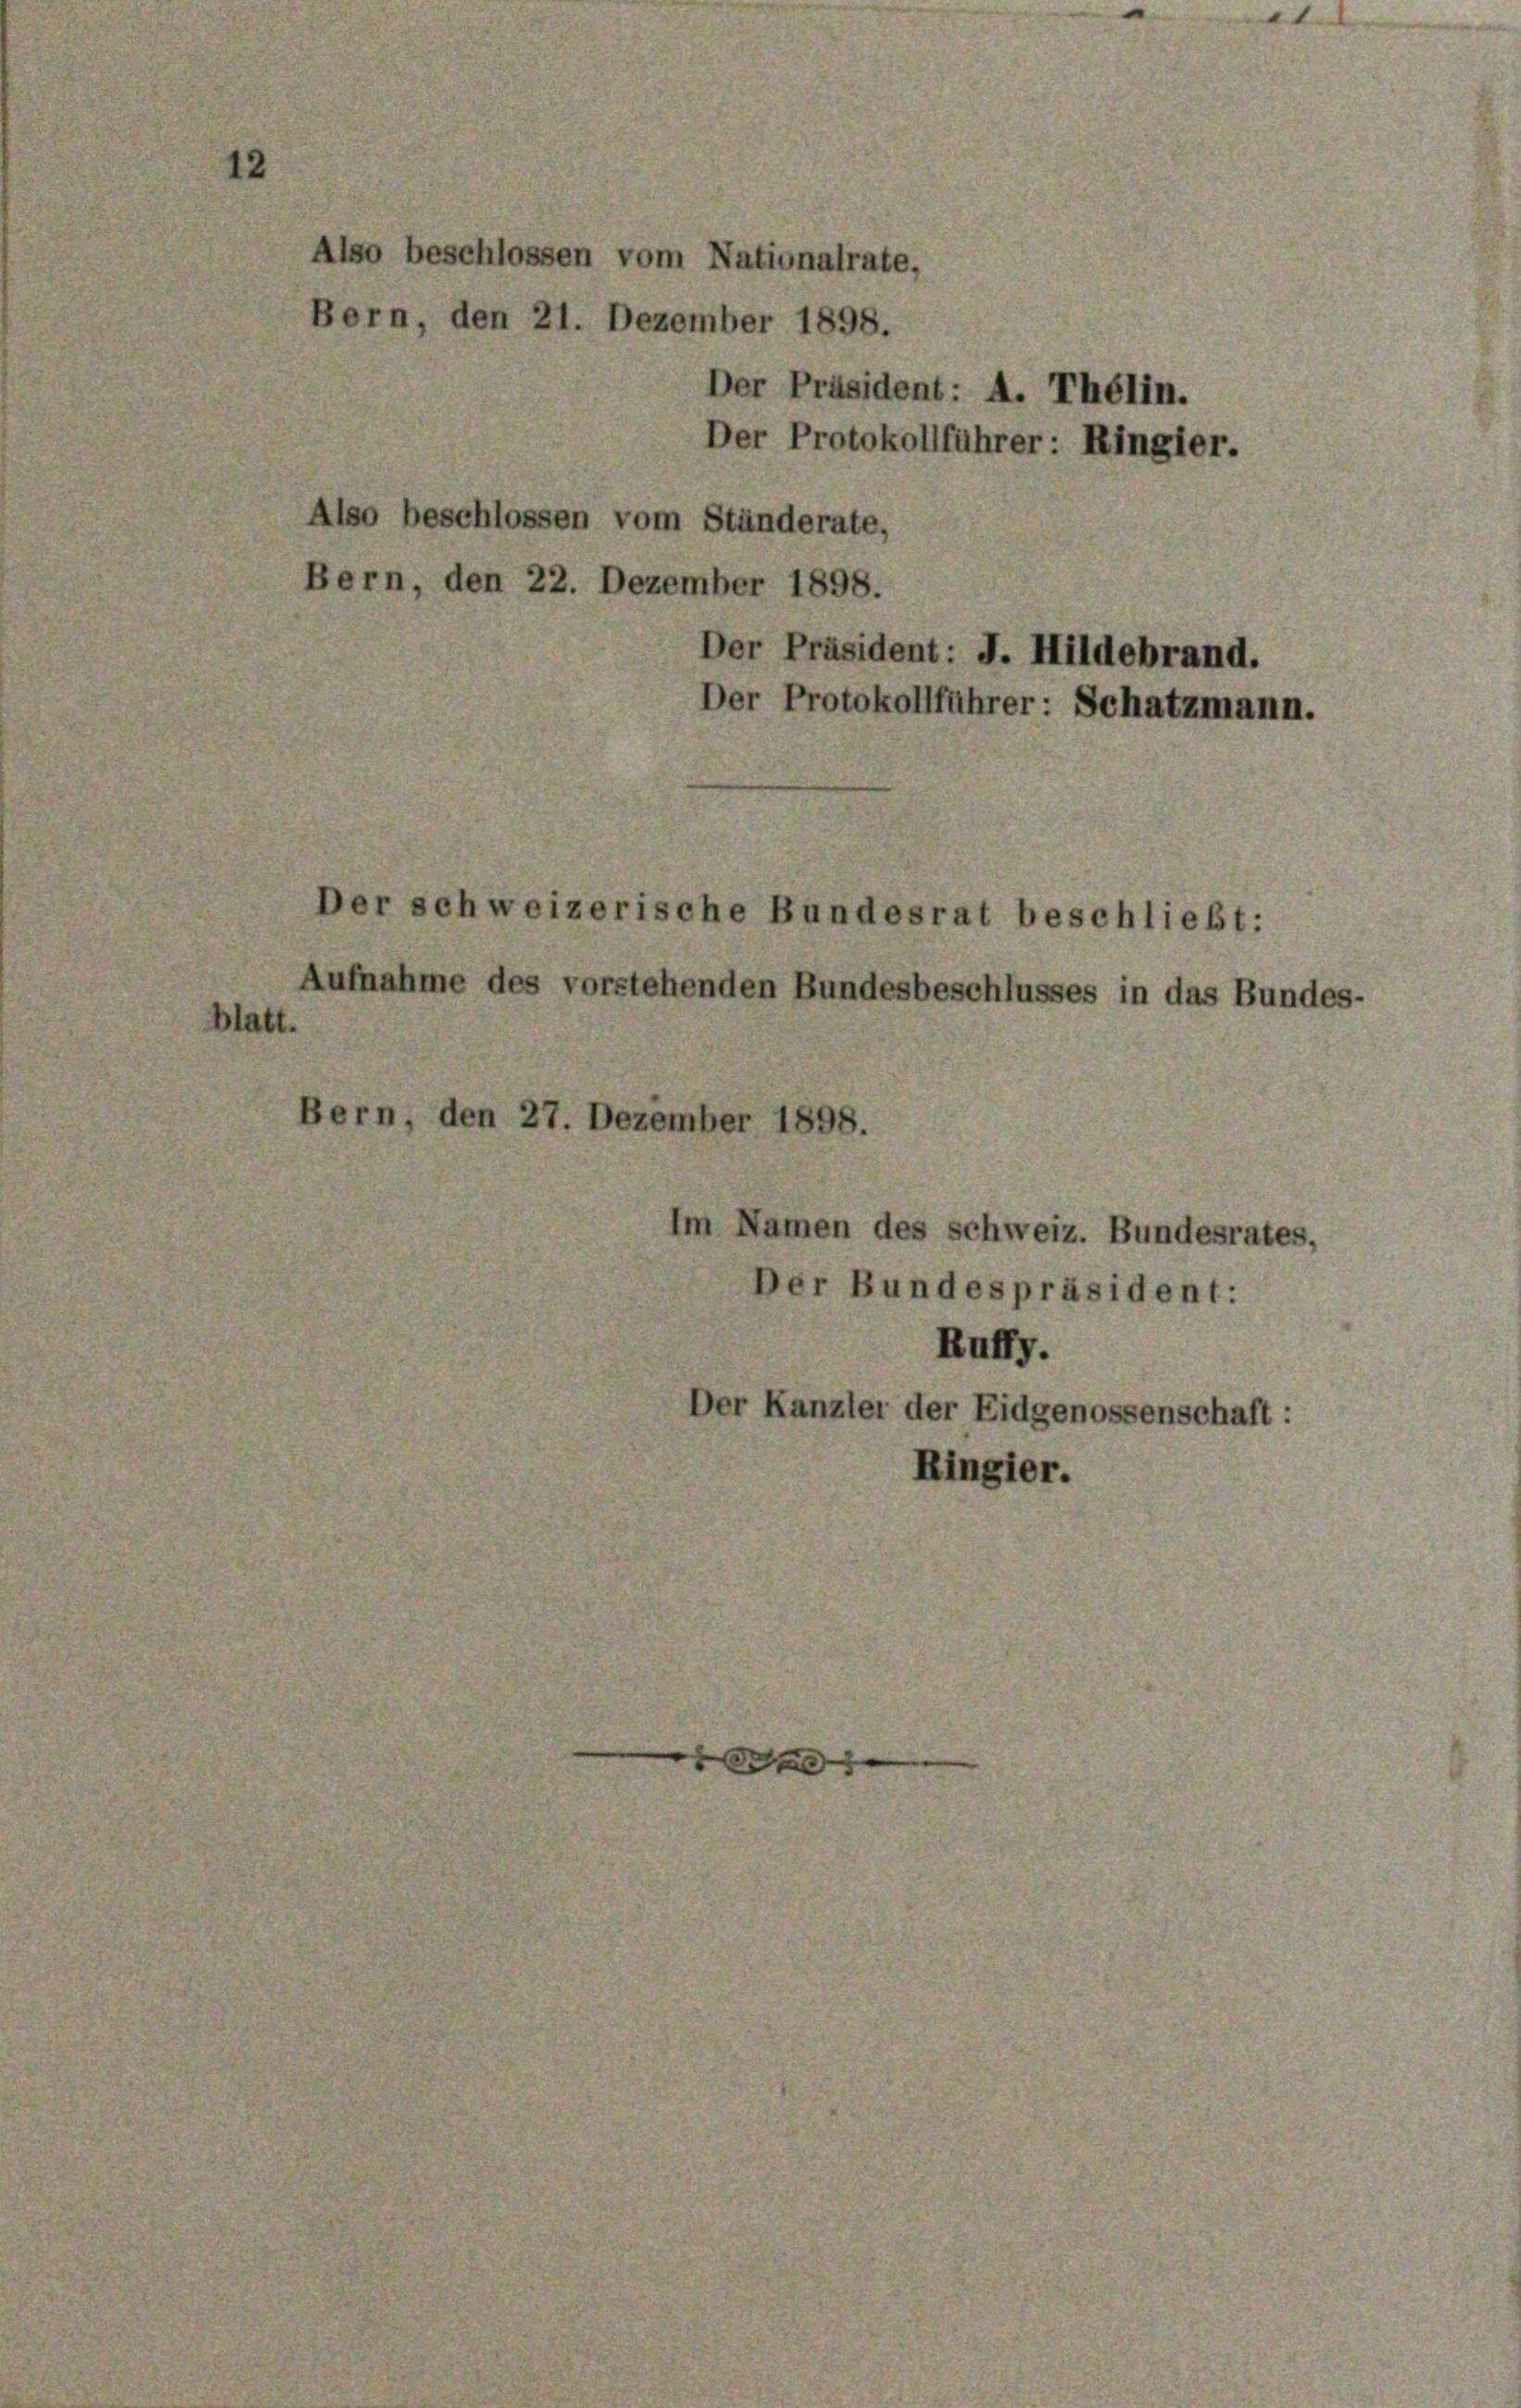
Also beschlossen vom Nationalrate,
Bern, den 21. Dezember 1898.
Der Präsident: A. Thélin.
Der Protokollführer: Ringier.
Also beschlossen vom Ständerate,
Bern, den 22. Dezember 1898.
Der Präsident: J. Hildebrand.
Der Protokollführer: Schatzmann.

rn, den 27. Dezember 1898.

er schweizerische Bundesrat beschließt:
Aufnahme des vorstehenden Bundesbeschlusses in das Bunde

n Namen des schweiz. Bundesrates,
er Bundespräsident:
Ruffy.
Der Kanzlei der Eidgenossenschaft :
Ringier.